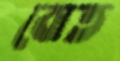
বোত